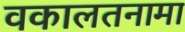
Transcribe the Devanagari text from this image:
वकालतनामा